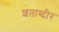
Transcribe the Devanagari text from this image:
शताब्दीर